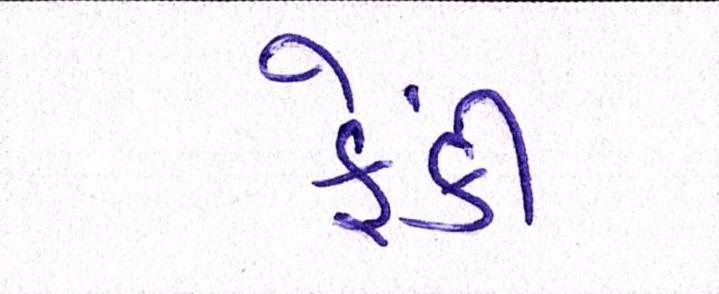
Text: ફેંકી